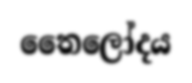
තෛලෝදය